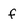
Character: f